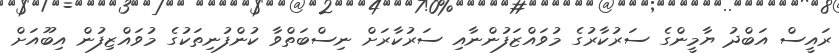
ރައީސް އަބްދު ޔާމީންގެ ސަރުކާރުގެ މުވައްޒަފުންނާއި ސަރުކާރަށް ނިސްބަތްވާ ކުންފުނިތަކުގެ މުވައްޒިފުން އިބޫއަށް